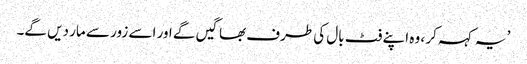
’ یہ کہہ کر ، وہ اپنے فٹ بال کی طرف بھاگیں گے اور اسے زور سے مار دیں گے۔